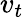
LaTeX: \mathbf{}v_{t}